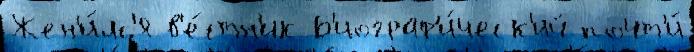
Жен'и́лс'я в'е́стн'ик Б'иограф'и́ческ'ий почт'и́